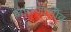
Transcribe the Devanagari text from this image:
जातजाणीव